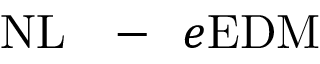
\mathrm { N L } \mathrm { ~ \ensuremath ~ { ~ - ~ } ~ } e \mathrm { E D M }